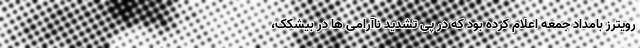
رویترز بامداد جمعه اعلام کرده بود که در پی تشدید ناآرامی ها در بیشکک،